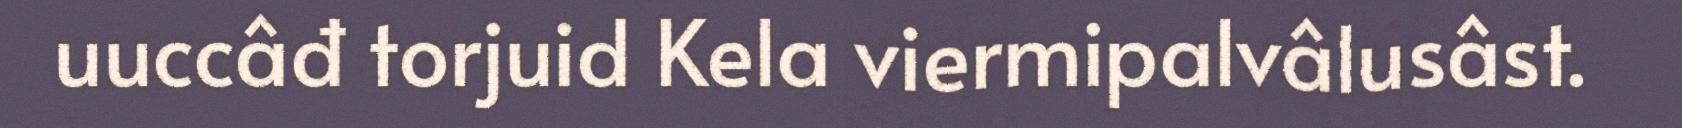
uuccâđ torjuid Kela viermipalvâlusâst.